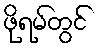
ဖိုရမ်တွင်